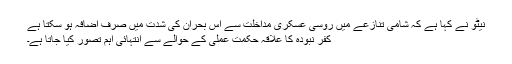
نیٹو نے کہا ہے کہ شامی تنازعے میں روسی عسکری مداخلت سے اس بحران کی شدت میں صرف اضافہ ہو سکتا ہے
کفر نبودہ کا علاقہ حکمت عملی کے حوالے سے انتہائی اہم تصور کیا جاتا ہے۔